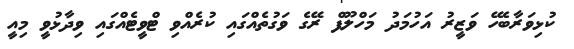
ކުޅިވަރާބެހޭ ވަޒީރު އަހުމަދު މަހްލޫފް ރޭގެ ވަގުތެއްގައި ކުރެއްވި ޓްވީޓެއްގައި ވިދާޅުވީ މިއީ